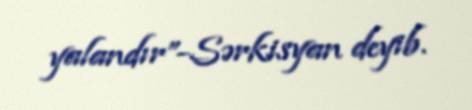
yalandır”-Sərkisyan deyib.